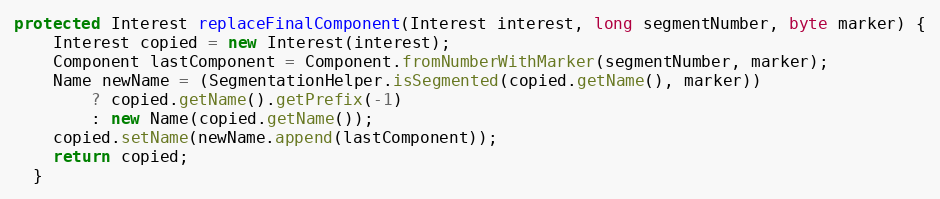
Language: Java
protected Interest replaceFinalComponent(Interest interest, long segmentNumber, byte marker) {
    Interest copied = new Interest(interest);
    Component lastComponent = Component.fromNumberWithMarker(segmentNumber, marker);
    Name newName = (SegmentationHelper.isSegmented(copied.getName(), marker))
        ? copied.getName().getPrefix(-1)
        : new Name(copied.getName());
    copied.setName(newName.append(lastComponent));
    return copied;
  }